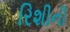
રિશીની